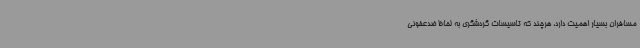
مسافران بسیار اهمیت دارد، هرچند که تاسیسات گردشگری به لحاظ ضدعفونی